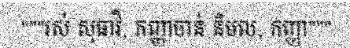
"""រស់ សុធាវី, កញ្ញាចាន់ និមល, កញ្ញា"""